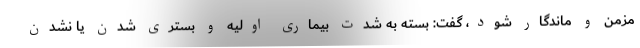
مزمن و ماندگار شود، گفت: بسته به شدت بیماری اولیه و بستری شدن یا نشدن